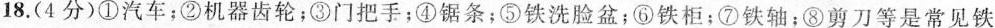
18. (4分)①汽车；②机器齿轮；③门把手；④锯条；⑤铁洗脸盆；⑥铁柜；⑦铁轴；⑧剪刀等是常见铁